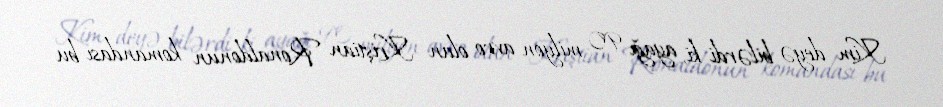
Kim deyə bilərdi ki, ayağı 90 milyon avro olan Kriştian Ronaldonun komandası bu